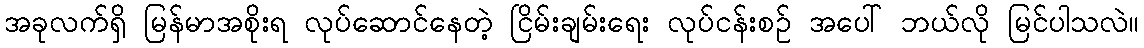
အခုလက်ရှိ မြန်မာအစိုးရ လုပ်ဆောင်နေတဲ့ ငြိမ်းချမ်းရေး လုပ်ငန်းစဉ် အပေါ် ဘယ်လို မြင်ပါသလဲ။